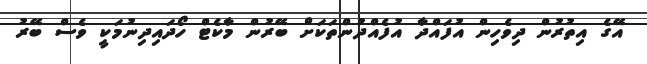
އޭގެ އިތުރުން ދިވެހިން އުފައްދާ އުފެއްދުންތަކަށް ބޭރުން މާކެޓް ހޯދައިދިނުމަކީ ވެސް ބޭރު